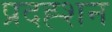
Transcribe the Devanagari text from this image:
प्रदह्शन